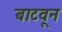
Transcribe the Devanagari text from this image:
बाटवून